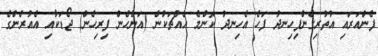
ފެންއަރައި އުތުރިގެންފިހިނދު ފަހެ އެހިނދު ކޮންމެ އެއްޗަކުން (އަންހެން ފިރިހެން) ޖޯޑަކާއި އެއުރެންގެ